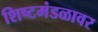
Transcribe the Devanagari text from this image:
शिष्टमंडळावर